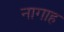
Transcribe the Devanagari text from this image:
नागाह